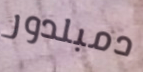
دمبلدور